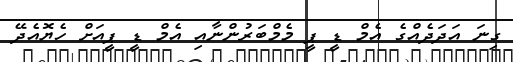
ގިނަ އަދަދެއްގެ އެމް ޑީ ޕީ މެމްބަރުންނާއި އެމް ޑީ ޕީއަށް ހެޔޮއެދޭ